Lunatic asylums Central Provinces reports 1874-1885 - 1874-1885
Year: 1874
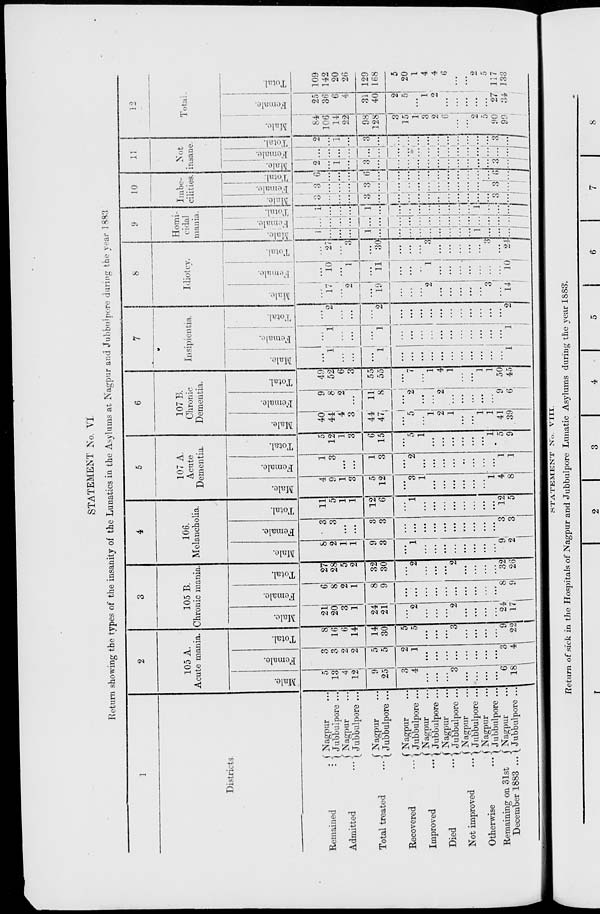
STATEMENT No. VI
Return showing the types of the insanity of the Lunatics in the Asylums at Nagpur and Jubbulpore during the year 1883
1
Districts
Remained
...
Admitted ...
Total treated
...
Recovered
...
Improved ...
Died ...
Not improved ...
Otherwise ...
Remaining on 31st
December 1883 ...
Nagpur ...
Jubbulpore ...
Nagpur ...
Jubbulpore ...
Nagpur ...
Jubbulpore ...
Nagpur ...
Jubbulpore ...
Nagpur ...
Jubbulpore ...
Nagpur ...
Jubbulpore ...
Nagpur ...
Jubbulpore ...
Nagpur ...
Jubbulpore ...
Nagpur ...
Jubbulpore ...
2
105 A.
Acute mania.
Male.
5
13
4
12
9
25
3
4
...
...
...
3
...
...
...
...
6
18
Female.
3
3
2
2
5
5
2
1
...
...
...
...
...
...
...
...
3
4
Total.
8
16
6
14
14
30
5
5
...
...
...
3
...
...
...
...
9
22
3
105 B.
Chronic mania.
Male.
21
20
3
1
24
21
...
2
...
...
...
2
...
...
...
...
24
17
Female.
6
8
2
1
8
9
...
...
...
...
...
...
...
...
...
...
8
9
Total.
27
28
5
2
32
30
...
2
...
...
...
2
...
...
...
...
32
26
4
106.
Melancholia.
Male.
8
2
1
1
9
3
...
1
...
...
...
...
...
...
...
...
9
2
Female.
3
3
...
...
3
3
...
...
...
...
...
...
...
...
...
...
3
3
Total.
11
5
1
1
12
6
...
1
...
...
...
...
...
...
...
...
12
5
5
107 A.
Acute
Dementia.
Male.
4
9
1
3
5
12
...
3
1
...
...
...
...
...
...
1
4
8
Female.
1
3
...
...
1
3
...
2
...
...
...
...
...
...
...
...
1
1
Total
5
12
1
3
6
15
...
5
1
...
...
...
...
...
...
1
5
9
6
107 B.
Chronic
Dementia.
Male.
40
44
4
3
44
47
...
5
...
1
2
1
...
...
1
1
41
39
Female.
9
8
2
...
11
8
...
2
...
...
2
...
...
...
...
...
9
6
Total
49
52
6
3
55
55
...
7
...
1
4
1
...
...
1
1
50
45
7
Insipientia.
Male.
...
1
...
...
...
1
...
...
...
...
...
...
...
...
...
...
...
1
Female.
...
1
...
...
...
1
...
...
...
...
...
...
...
...
...
...
...
1
Total.
...
2
...
...
...
2
...
...
...
...
...
...
...
...
...
...
...
2
8
Idiotev.
Male.
...
17
...
2
...
19
...
...
...
2
...
...
...
...
...
3
...
14
Female.
...
10
...
1
...
11
...
...
..
1
...
...
...
...
...
...
...
10
Total.
...
27
...
3
...
30
...
...
...
3
...
...
...
...
...
3
...
24
9
Homi-
cidal
mania.
Male.
1
...
...
...
1
...
...
...
...
...
...
...
...
...
1
...
...
...
Female.
...
...
...
...
...
...
...
...
...
...
...
...
...
...
...
...
...
...
Total.
1
...
...
...
1
...
...
...
...
...
...
...
....
...
1
...
...
1
10
Imbe-
cilities.
Male.
3
...
...
...
3
...
...
...
...
...
...
...
...
...
...
...
3
...
Female.
3
...
...
...
3
...
...
...
...
...
...
...
...
...
...
...
3
...
Total.
6
...
...
...
6
...
...
...
...
...
...
...
...
...
...
...
6
...
11
Not
insane.
Male.
2
...
1
...
3
...
...
...
...
...
...
...
...
...
...
...
3
...
Female.
...
...
...
...
...
...
...
...
...
...
...
...
...
...
...
...
...
...
Total.
2
...
1
...
3
...
...
...
...
...
...
...
...
...
...
...
3
...
12
Total.
Male.
84
106
14
22
98
128
3
15
1
3
2
6
...
...
2
5
90
99
Female.
25
36
6
4
31
40
2
5
...
1
2
...
...
...
...
...
27
34
Total.
109
142
20
26
129
168
5
20
1
4
4
6
...
...
2
5
117
133